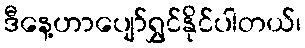
ဒီနေ့ဟာပျော်ရွှင်နိုင်ပါတယ်၊